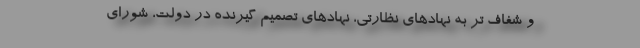
و شفاف تر به نهادهای نظارتی، نهادهای تصمیم گیرنده در دولت، شورای